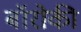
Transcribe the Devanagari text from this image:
बॉरोकी